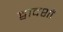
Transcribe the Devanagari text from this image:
द्वादशों